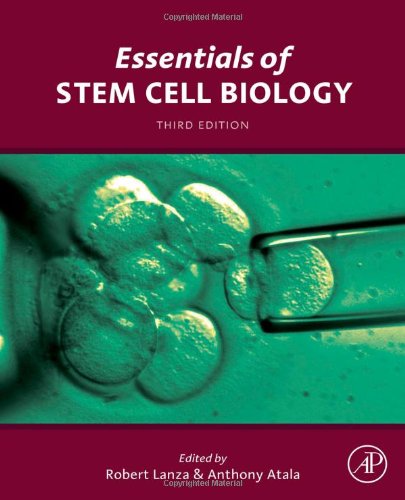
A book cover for Essentials of Stem Cell Biology, Third Edition; Medical Books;